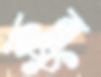
কুন্নু